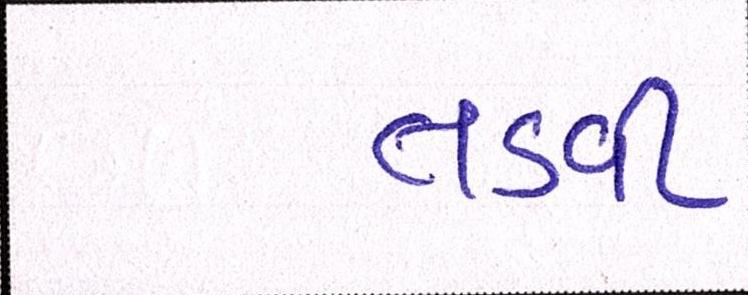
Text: તડવી